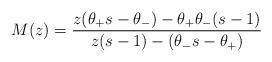
LaTeX: \begin{align*}M(z)=\frac{z(\theta_+ s-\theta_-)-\theta_+\theta_-(s-1)}{z(s-1)-(\theta_-s-\theta_+)}\end{align*}